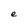
Character: e